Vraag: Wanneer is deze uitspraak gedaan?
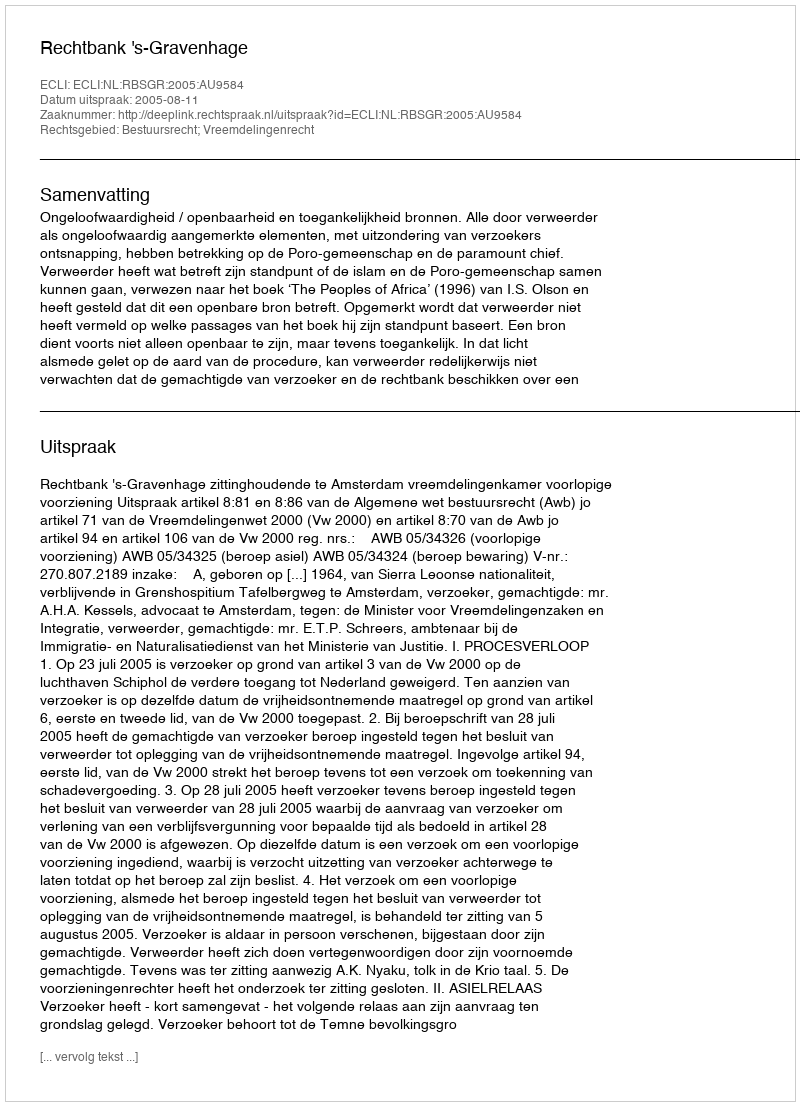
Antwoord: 2005-08-11